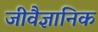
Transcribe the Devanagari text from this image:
जीवैज्ञानिक